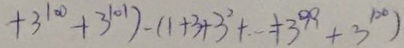
+ 3 ^ { 1 0 0 } + 3 ^ { 1 0 1 } ) - ( 1 + 3 + 3 ^ { 2 } + \cdots + 3 ^ { 9 9 } + 3 ^ { 1 0 0 } )